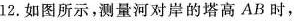
l2.如图所示，测量河对岸的塔高AB时，